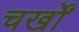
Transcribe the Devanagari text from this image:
चर्खों